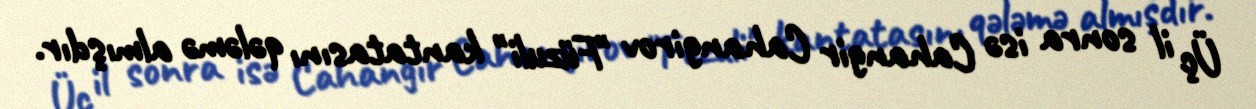
Üç il sonra isə Cahangir Cahangirov "Füzuli" kantatasını qələmə almışdır.